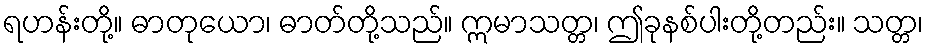
ရဟန်းတို့။ ဓာတုယော၊ ဓာတ်တို့သည်။ ဣမာသတ္တ၊ ဤခုနစ်ပါးတို့တည်း။ သတ္တ၊